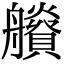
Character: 𦫂